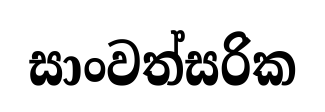
සාංවත්සරික